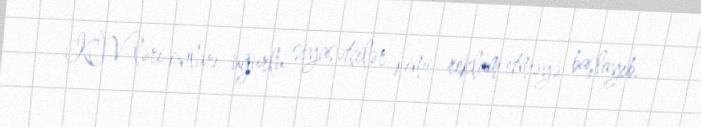
KİV-ləri onları uğurlu siyasətçilər kimi reklam etməyə başlayıb.